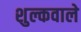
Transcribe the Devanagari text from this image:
शुल्कवाले